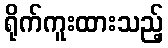
ရိုက်ကူးထားသည့်